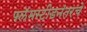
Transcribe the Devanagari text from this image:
फ्लॅमस्टीडनंतरचे